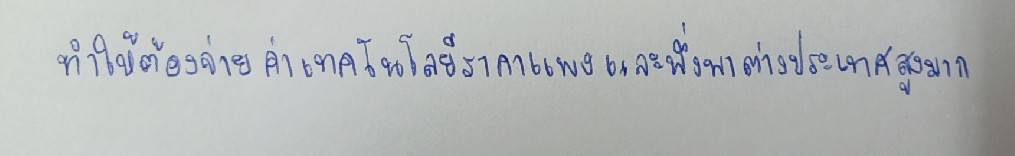
ทำให้ต้องจ่ายค่าเทคโนโลยีราคาแพงและพึ่งพาต่างประเทศสูงมาก